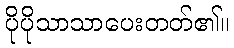
ပိုပိုသာသာပေးတတ်၏။